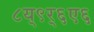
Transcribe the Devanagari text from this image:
८य्९र्६ए६